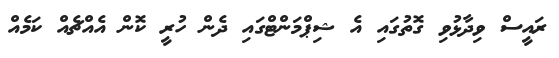
ރައީސް ވިދާޅުވި ގޮތުގައި އެ ޝިޕްމަންޓްގައި ދެން ހުރީ ކޮން އެއްޗެއް ކަމެއް